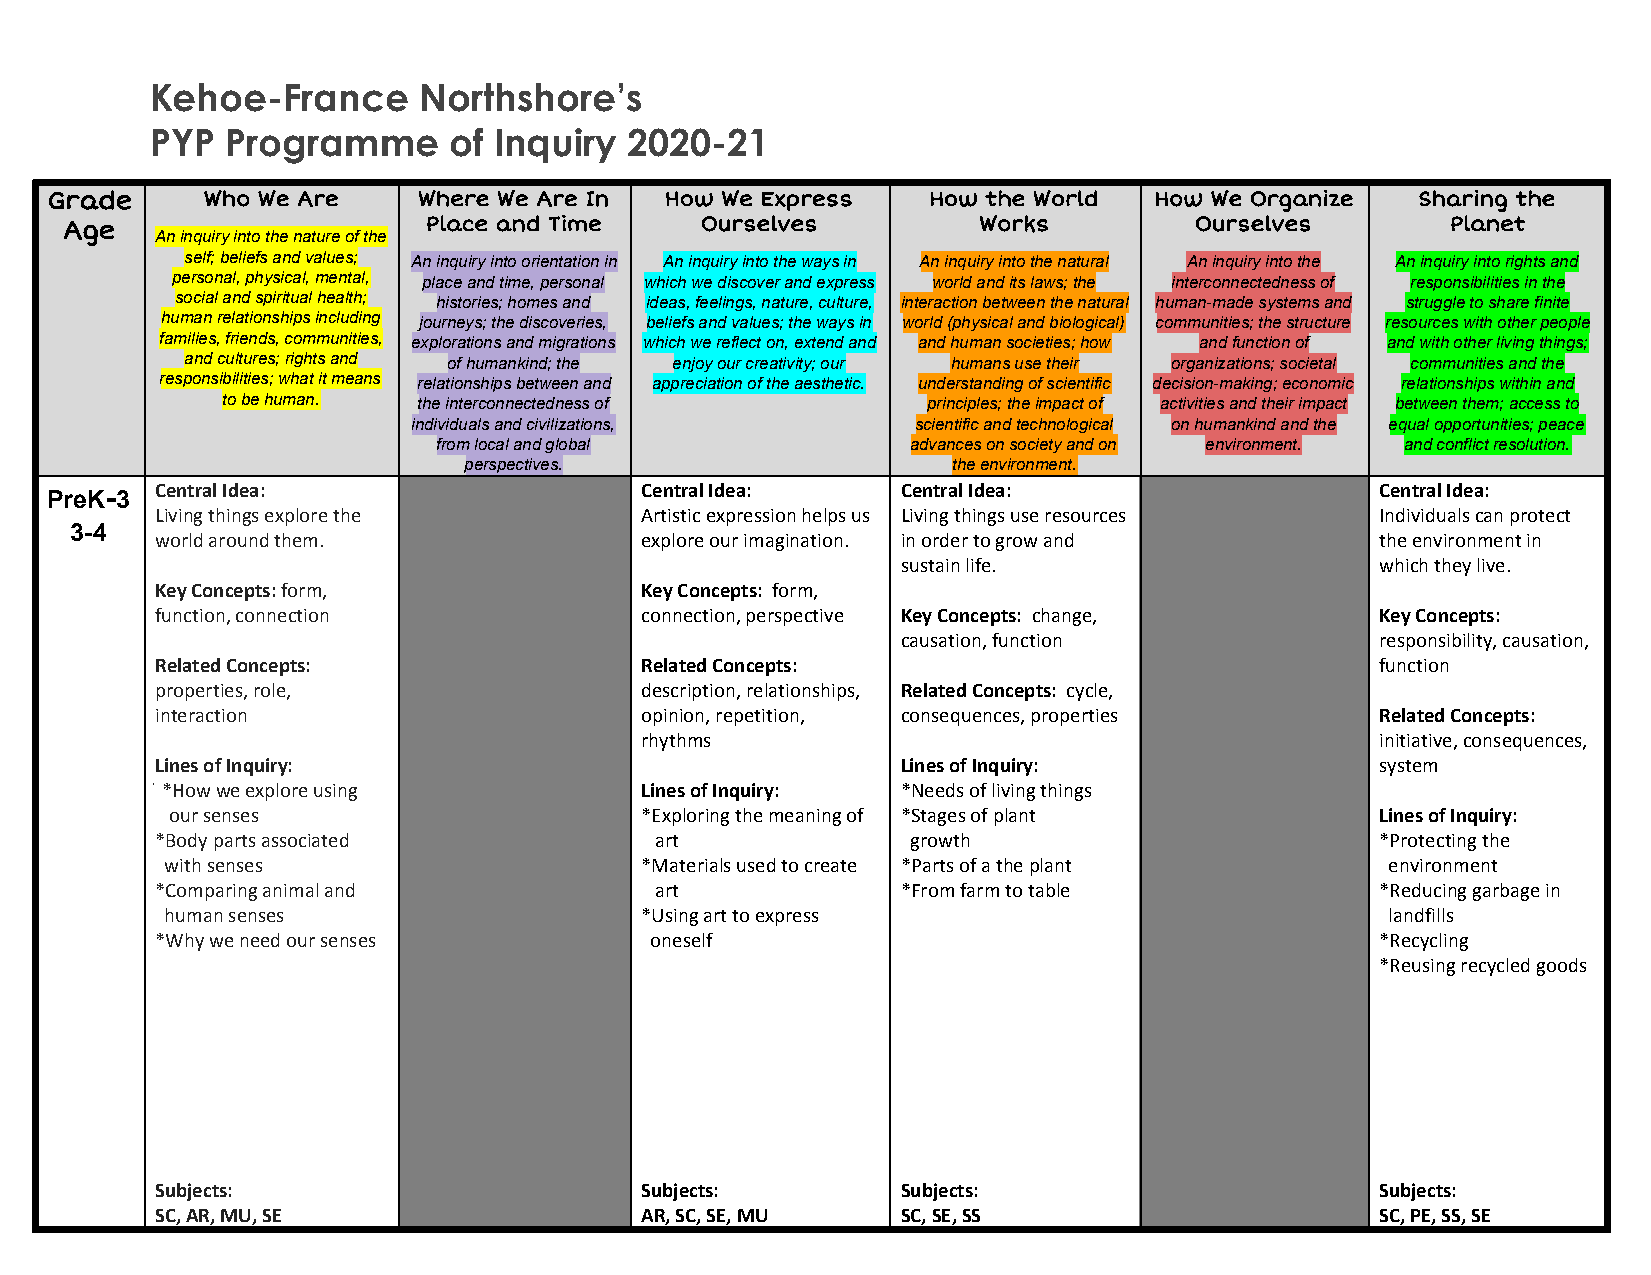
Kehoe-France      Northshore’s
 PYP  Programme      of Inquiry  2020-21
 Grade     Who We Are     Where We Are In How We Express   How the World  How We Organize   Sharing the
 Age                     Place and Time    Ourselves          Works         Ourselves        Planet
 An inquiry into the nature of the
 self; beliefs and values; An inquiry into orientation in An inquiry into the ways in An inquiry into the natural An inquiry into the An inquiry into rights and
 personal, physical, mental, place and time, personal which we discover and express world and its laws; the interconnectedness of responsibilities in the
 social and spiritual health; histories; homes and ideas, feelings, nature, culture, interaction between the natural human-made systems and struggle to share finite
 human relationships including journeys; the discoveries, beliefs and values; the ways in world (physical and biological) communities; the structure resources with other people
 families, friends, communities, explorations and migrations which we reflect on, extend and and human societies; how and function of and with other living things;
 and cultures; rights and of humankind; the enjoy our creativity; our humans use their organizations; societal communities and the
 responsibilities; what it means relationships between and appreciation of the aesthetic. understanding of scientific decision-making; economic relationships within and
 to be human. the interconnectedness of        principles; the impact of activities and their impact between them; access to
 individuals and civilizations,    scientific and technological on humankind and the equal opportunities; peace
 from local and global          advances on society and on environment. and conflict resolution.
 perspectives.                   the environment.
 -  Central Idea:                   Central Idea:     Central Idea:                  Central Idea:
 PreK 3
 ​ ​ Living things explore the      Artistic expression helps us Living things use resources Individuals can protect
 3-4
 world around them.              explore our imagination. in order to grow and    the environment in
 sustain life.                  which they live.
 Key Concepts: form,             Key Concepts: form,
 ​                               ​
 function, connection            connection, perspective Key Concepts: change,    Key Concepts:
 ​
 causation, function            responsibility, causation,
 Related Concepts:               Related Concepts:                                function
 properties, role,               description, relationships, Related Concepts: cycle,
 ​
 interaction                     opinion, repetition, consequences, properties    Related Concepts:
 rhythms                                          initiative, consequences,
 Lines of Inquiry:                                 Lines of Inquiry:              system
 ׂ*How we explore using          Lines of Inquiry: *Needs of living things
 our senses                     *Exploring the meaning of *Stages of plant       Lines of Inquiry:
 *Body parts associated           art              growth                         *Protecting the
 with senses                    *Materials used to create *Parts of a the plant   environment
 *Comparing animal and            art              *From farm to table            *Reducing garbage in
 human senses                   *Using art to express                             landfills
 *Why we need our senses          oneself                                         *Recycling
 *Reusing recycled goods
 Subjects:                       Subjects:         Subjects:                      Subjects:
 SC, AR, MU, SE                  AR, SC, SE, MU    SC, SE, SS                     SC, PE, SS, SE